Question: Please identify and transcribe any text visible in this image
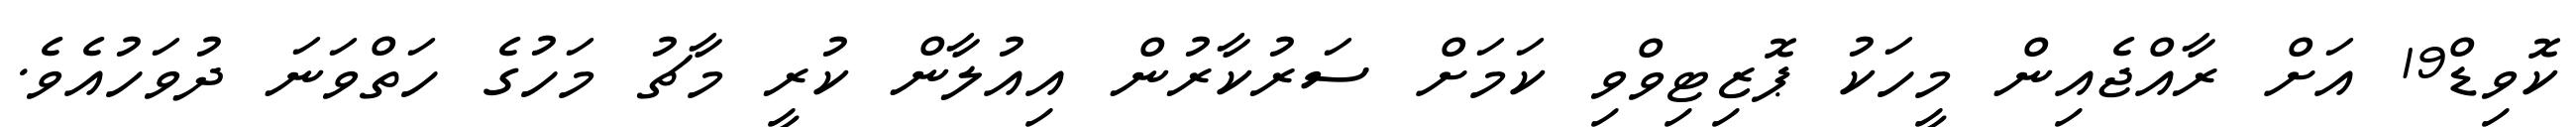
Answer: ކޮވިޑް19 އަށް ރާއްޖެއިން މީހަކު ޕޮޒިޓިވްވި ކަމަށް ސަރުކާރުން އިއުލާން ކުރީ މާޗު މަހުގެ ހަތްވަނަ ދުވަހުއެވެ.